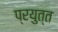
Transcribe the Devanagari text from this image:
प्रयुत्त